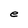
Character: e